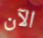
الآن